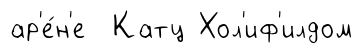
ар'е́н'е Катц Хол'иф'илдом